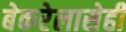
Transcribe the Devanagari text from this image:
बेकरेलासेही